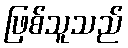
ဖြစ်သူသည်